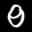
Label: 0